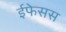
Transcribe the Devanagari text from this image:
ईफेसस